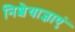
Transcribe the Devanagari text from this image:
निशेधाज्ञाएं